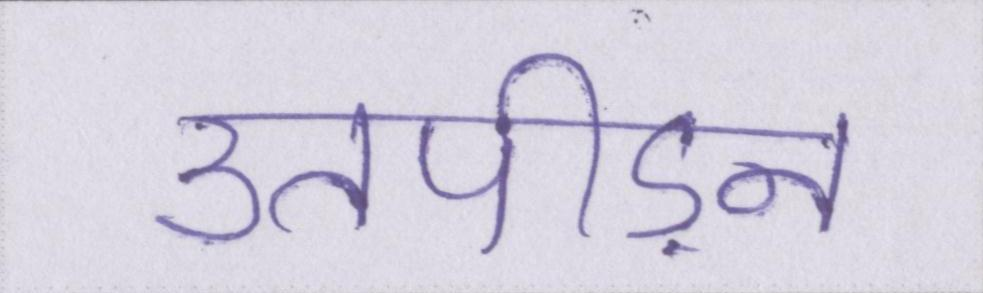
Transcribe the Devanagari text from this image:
उतपीड़न